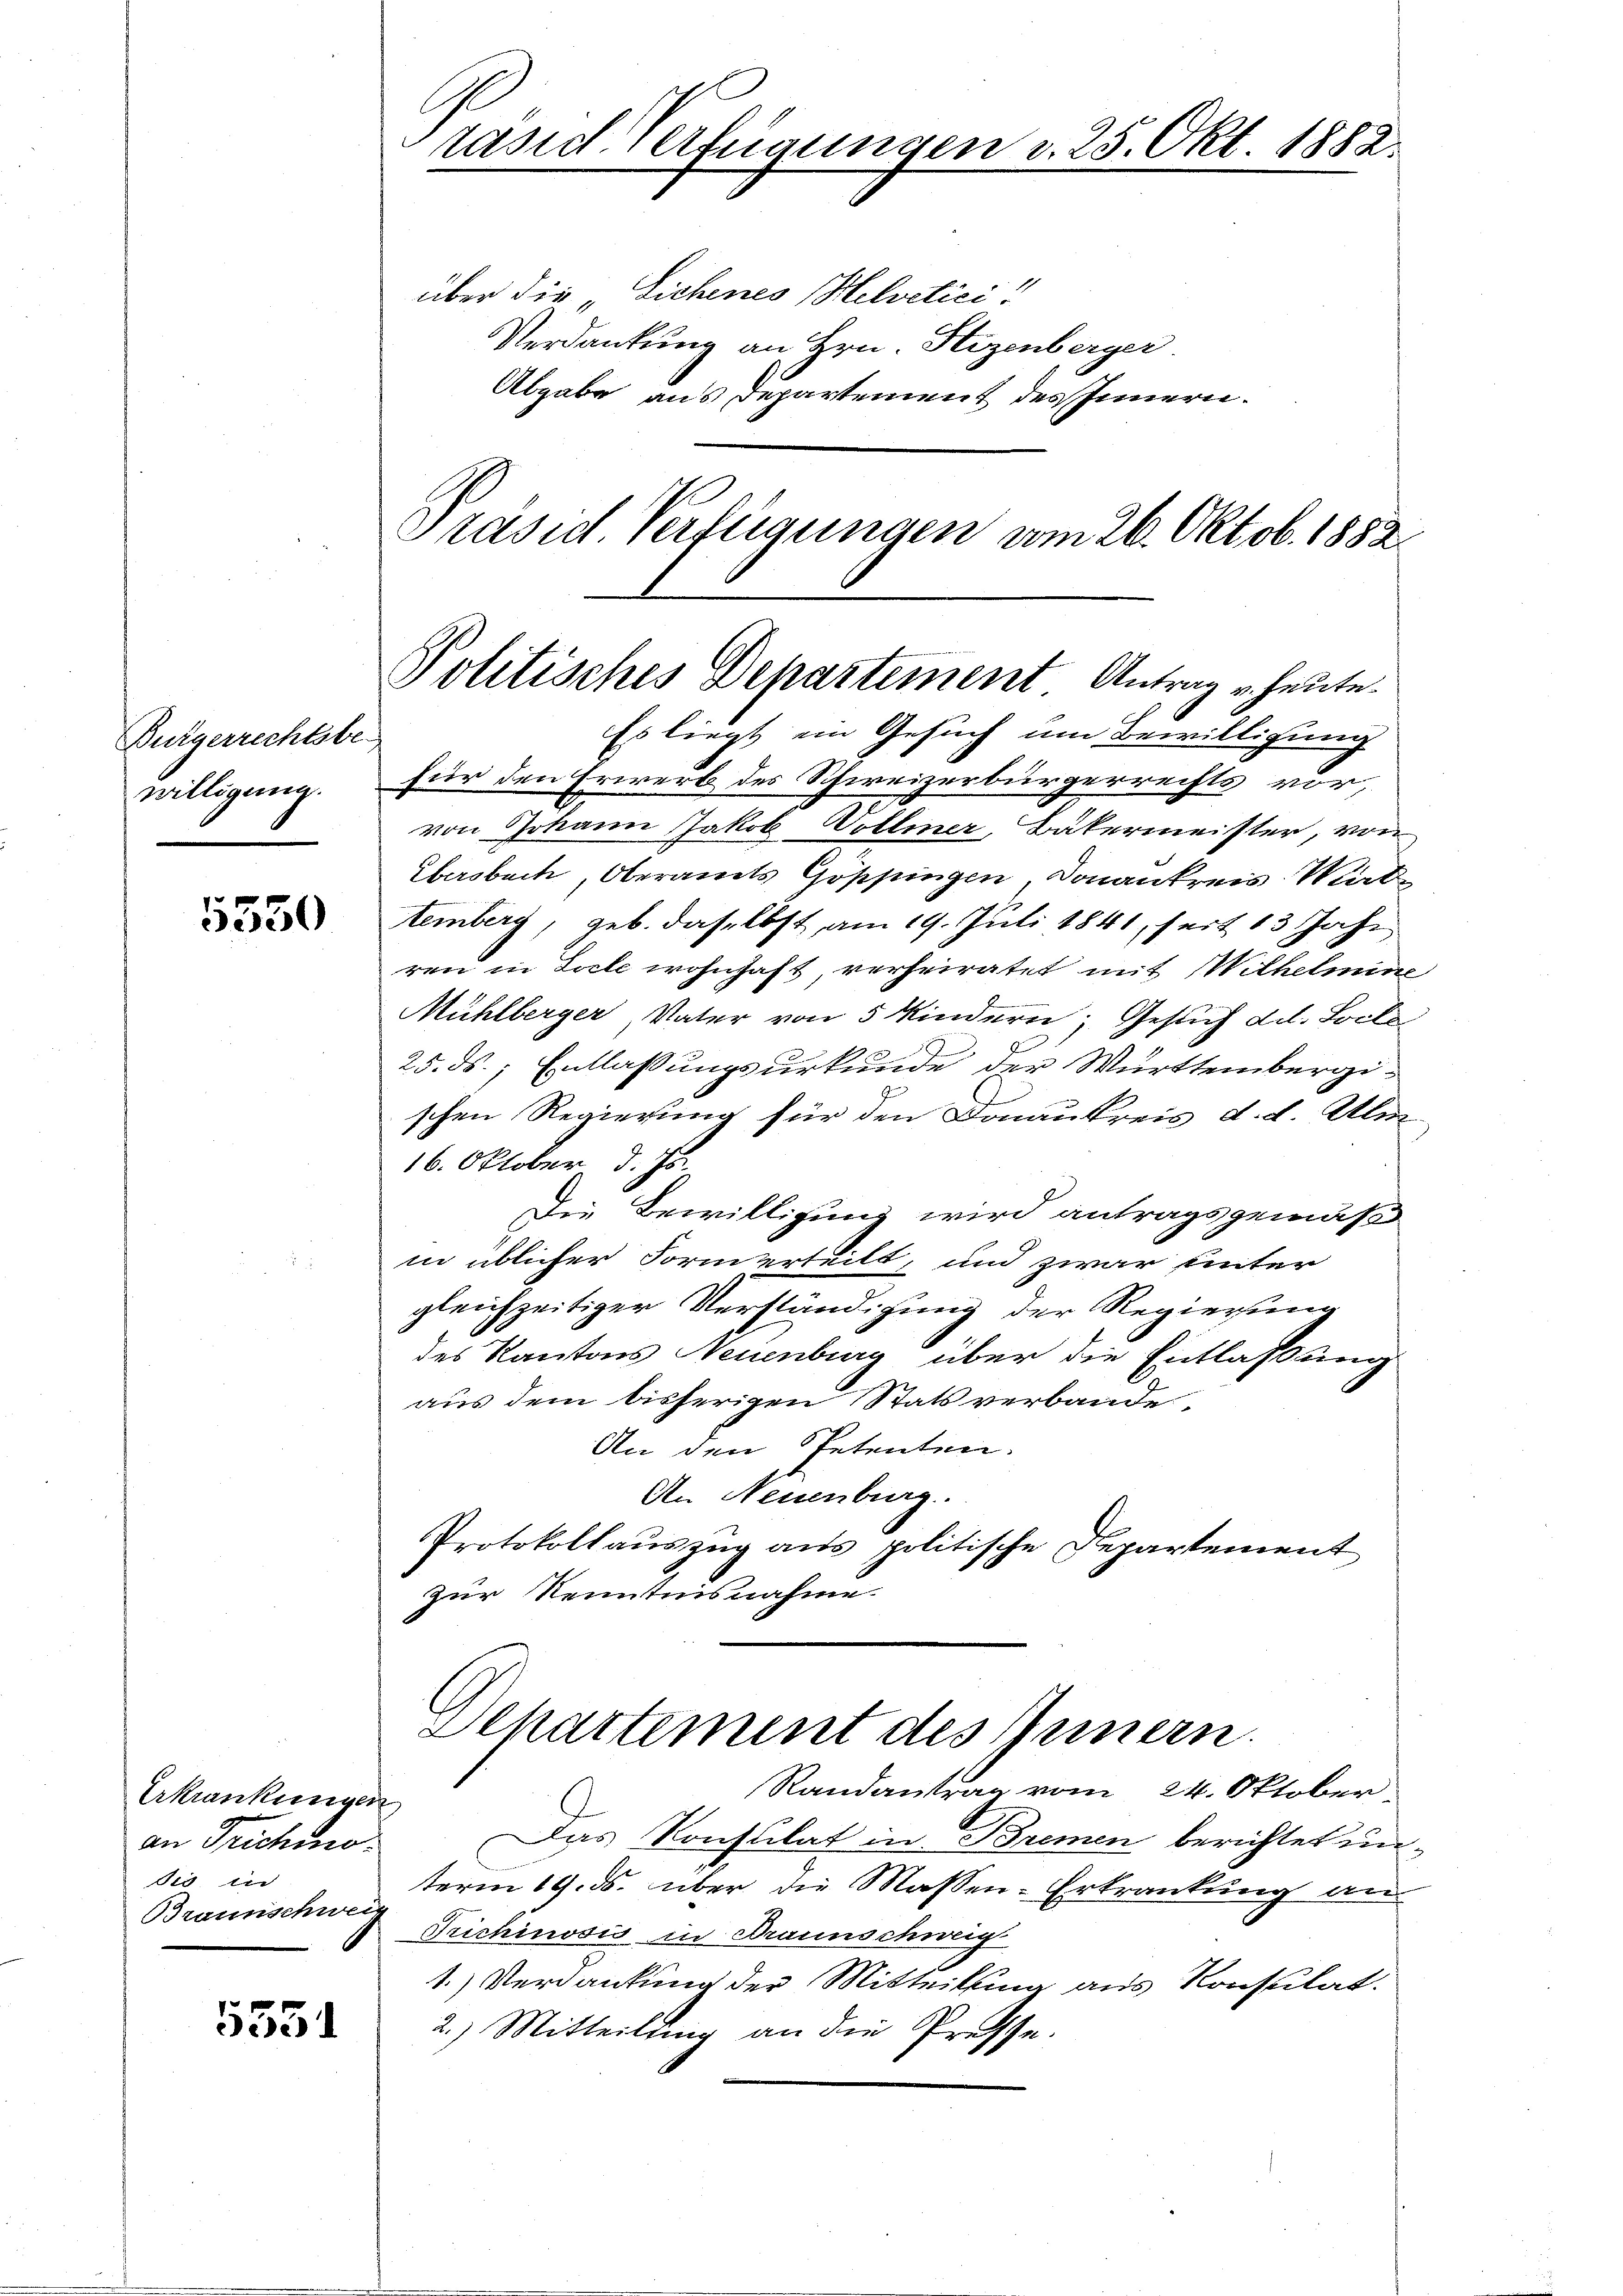
Bürgerrechtsbe
willigung.

5550

Erkrankungen
an Trichino.
Sie in
Braunschweis

5331

räsid. Verfügungen d. 25. Okt 1882.

über die Sichenes Helvetici
Verdankung an Hrn. Hizenberger
Abgabe aus Departement des Innern.
Präsid. Verfügungen am 26. Oktob. 1882

Politisches Departement Antrag u. heute.
Es liegt ein Gesuch um Bewilligung

für den Erwerb des Schweizerbürgerrechts vor,
von Johann Jakob Volliner, Bäkermeister, von
Übersbach Oberamts Göppingen, Donankreis Wittemberg, geb. daselbst am 19. Juli 1841, seit 13 Jahr
ren in Seele wohnhaft verheiratet mit Wilhelmine
Mühlberger, Vater von 5 Kindern. Gesuch dil. Socke
25. ds., Entlassungsurkunde der Württembergischen Regierung für den Donaukreis d. d. Alm
16. Oktober d. Js.
Die Bewilligung wird antragsgemäß
in üblicher Form erteilt, und zwar hinter
gleichzeitiger Verständigung der Regierung
des Kantons Neuenburg über die Entlassung.
aus dem bisherigen Stats verbande.
An den Petenten.
An Neuenburg.
Protokollauszug aus politische Departement
zur Kenntnisnahme
Schattement des Innern.
Randantrag vom 24. Oktober
Das Konsulat in Bremen berichtet unterm 19. ds. über die Massen-Erkrankung an
Trichinosis in Braunschweig
1.) Verdankung der Mitteilung aus Konsulat.
2.) Mitteilung an die Presse.